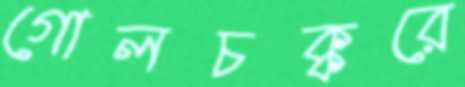
গোলচক্করে